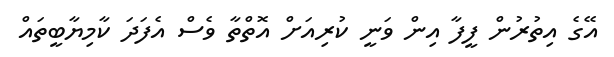
އޭގެ އިތުރުން ފީފާ އިން ވަނީ ކުރިއަށް އޮތްތާ ވެސް އެފަދަ ކާމިޔާބީތައް